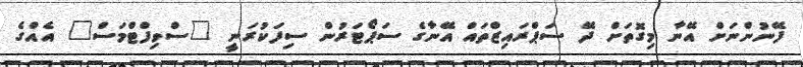
ފޭނުންނަށް އޭނާ މިގޮތަށް ދޭ ސަޕްރައިޒްތައް އޭނާގެ ސަޕޯޓަރުން ސިފަކުރަނީ "ސްވިފްޓްމަސް" އެއްގެ